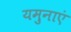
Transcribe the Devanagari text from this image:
यमुनाएं